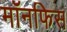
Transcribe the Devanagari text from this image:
मॉनफिस